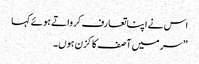
اس نے اپنا تعارف کرواتے ہوئے کہا
” سر میں آصف کا کزن ہوں۔